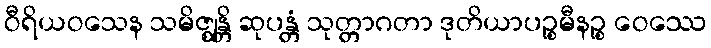
ဝီရိယဝသေန သမိဇ္ဈန္တိ ဆုပန္တံ သုတ္တာဂတာ ဒုတိယာပဉ္စမီနဉ္စ ဝေဿေ